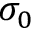
\sigma _ { 0 }